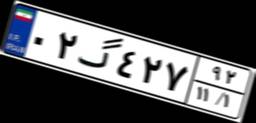
۰۲گ۴۲۷۹۲